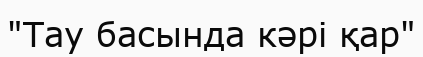
"Тау басында кәрі қар"